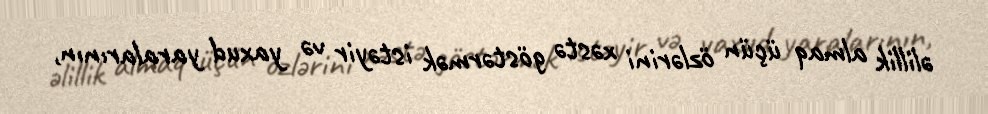
əlillik almaq üçün özlərini xəstə göstərmək istəyir və yaxud yaralarının,